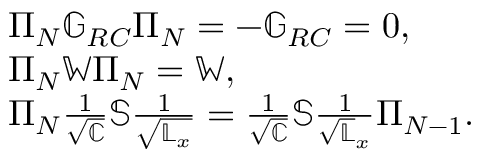
\begin{array} { r l } & { \Pi _ { N } \mathbb { G } _ { R C } \Pi _ { N } = - \mathbb { G } _ { R C } = 0 , } \\ & { \Pi _ { N } \mathbb { W } \Pi _ { N } = \mathbb { W } , } \\ & { \Pi _ { N } \frac { 1 } { \sqrt { \mathbb { C } } } \mathbb { S } \frac { 1 } { \sqrt { \mathbb { L } _ { x } } } = \frac { 1 } { \sqrt { \mathbb { C } } } \mathbb { S } \frac { 1 } { \sqrt { \mathbb { L } } _ { x } } \Pi _ { N - 1 } . } \end{array}